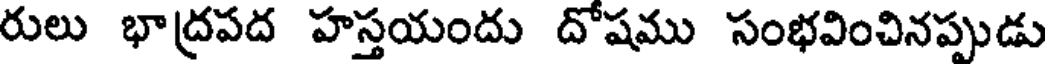
రులు భాద్రపద హస్తయందు దోషము సంభవించినప్పుడు